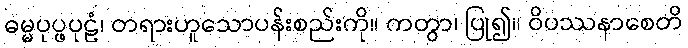
ဓမ္မပုပ္ဖပုဠံ၊ တရားဟူသောပန်းစည်းကို။ ကတွာ၊ ပြု၍။ ဝိပဿနာစေတိ